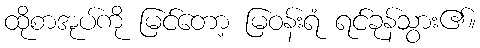
ထိုစာအုပ်ကို မြင်တော့ မြဝန်းရံ ရင်ခုန်သွား၏။